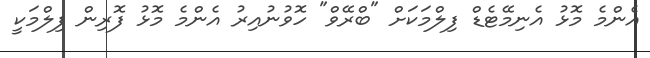
އެންމެ މޮޅު އެނިމޭޓެޑް ފިލްމަކަށް "ބްރޭވް" ހޮވުނުއިރު އެންމެ މޮޅު ފޮރިން ފިލްމަކީ